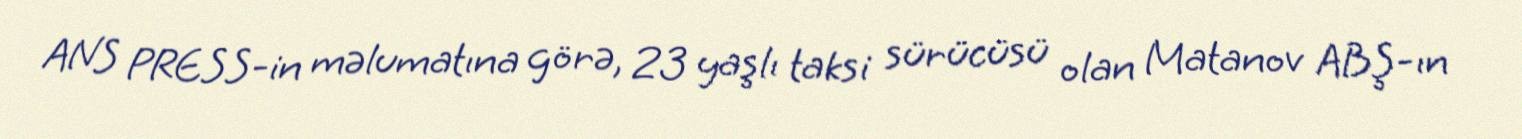
ANS PRESS-in məlumatına görə, 23 yaşlı taksi sürücüsü olan Matanov ABŞ-ın